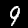
Digit: 9